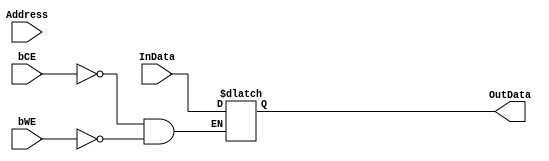
module SRAM (InData, OutData, Address, bCE, bWE);

parameter AddressSize = 18;		// 2^18 = 256K
parameter WordSize = 8;			// 8 bits

input [AddressSize-1:0] Address;
input [WordSize-1:0] InData;
input bCE, bWE;

output [WordSize-1:0] OutData;

//reg [WordSize-1:0] Mem [0:1<<Address];
reg [WordSize-1:0] OutData;

// Function Write
always @(bCE or bWE or Address or InData)
  if (!bCE && !bWE)
    OutData <= InData;
endmodule